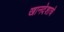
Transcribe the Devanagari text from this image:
खानदेशाचे